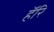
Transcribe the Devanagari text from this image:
हॅरि